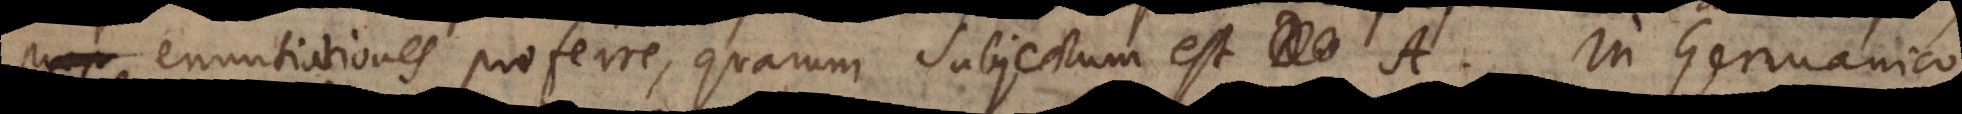
enuntiationes proferre, quarum subjectum est A. In Germanico,